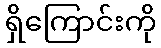
ရှိကြောင်းကို